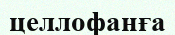
целлофанға